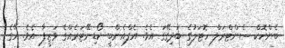
ބެންކޮކް ސެންޓްރަލް ހޮޓަލުގެ ބަދިގޭގަ އެވެ. އެފްއެންބީ ކޯޑިނޭޓަރެއްގެ ވަޒީފާ އެވެ. އޭގެ